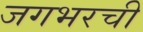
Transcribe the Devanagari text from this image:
जगभरची